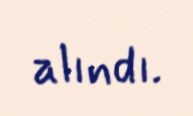
alındı.